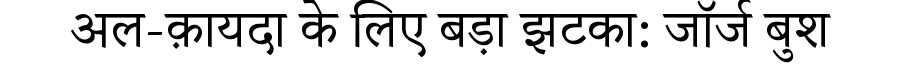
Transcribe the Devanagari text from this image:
अल-क़ायदा के लिए बड़ा झटका: जॉर्ज बुश